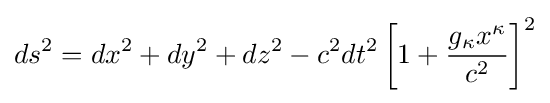
ds^{2}=dx^{2}+dy^{2}+dz^{2}-c^{2}dt^{2}\left[1+{\frac {g_{\kappa }x^{\kappa }}{c^{2}}}\right]^{2}